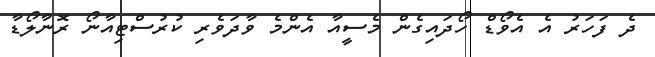
ދެ ފަހަރު އެ އެވޯޑް ހޯދައިގެން މެސީއާ އެންމެ ވާދަވެރި ކުރުސްޓިއާނޯ ރޮނާލޯޑާ